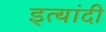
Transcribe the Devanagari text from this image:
इत्यांदी